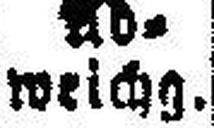
weichg.